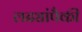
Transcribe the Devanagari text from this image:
लढ्यांपैकी